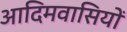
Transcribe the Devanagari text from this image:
आदिमवासियों